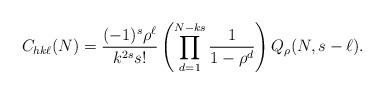
LaTeX: \begin{align*} C_{hk\ell}(N)=\frac{(-1)^{s}\rho^\ell}{ k^{2 s} s!}\left(\prod_{d=1}^{N-k s} \frac{1}{1-\rho^d}\right) Q_\rho(N,s -\ell).\end{align*}